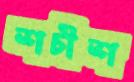
শচীশ